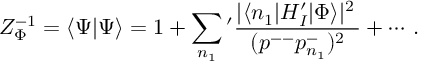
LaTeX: Z _ { \Phi } ^ { - 1 } = \langle \Psi | \Psi \rangle = 1 + \sum _ { n _ { 1 } } { ' } \frac { | \langle n _ { 1 } | H _ { I } ^ { \prime } | \Phi \rangle | ^ { 2 } \, } { \, ( p ^ { -- } p _ { n _ { 1 } } ^ { - } ) ^ { 2 } \, } + \cdots \, .